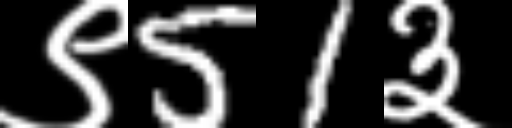
Text: ९51३